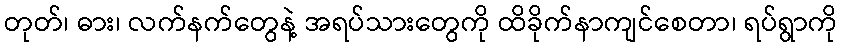
တုတ်၊ ဓား၊ လက်နက်တွေနဲ့ အရပ်သားတွေကို ထိခိုက်နာကျင်စေတာ၊ ရပ်ရွာကို